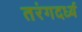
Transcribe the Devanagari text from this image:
तरंगदर्ध्य